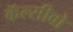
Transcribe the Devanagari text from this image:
कॅल्सीवो